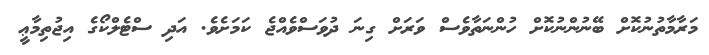
މަރާމާތުނުކޮށް ބޭނުންނުކޮށް ހުންނަތާވެސް ވަރަށް ގިނަ ދުވަސްވެއްޖެ ކަމަށެވެ. އަދި ސްޓެލްކޯގެ އިޖުތިމާޢީ